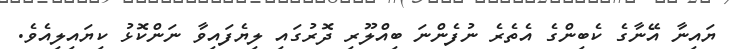
ޔައިނާ އޭނާގެ ކެބިންގެ އެތެރެ ނުފެންނަ ބިއްލޫރި ދޮރުގައި ލިޔެފައިވާ ނަންކޮޅު ކިޔައިލިއެވެ.